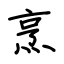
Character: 烹